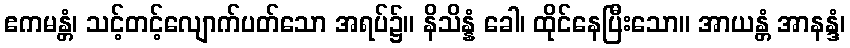
ဧကမန္တံ၊ သင့်တင့်လျောက်ပတ်သော အရပ်၌။ နိသိန္နံ ခေါ၊ ထိုင်နေပြီးသော။ အာယန္တံ အာနန္ဒံ၊